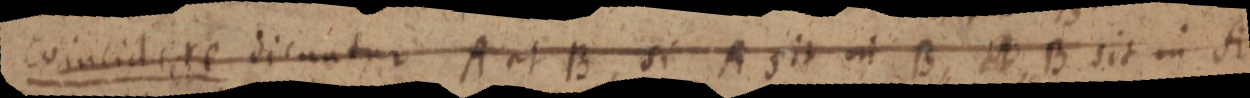
Coincidere dicuntur A et B, si A sit in B et B sit in A